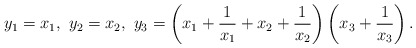
\begin{align*} y_1 = x_1,\ y_2 = x_2,\ y_3 = \left(x_1+\frac{1}{x_1}+x_2+\frac{1}{x_2}\right)\left(x_3+\frac{1}{x_3}\right). \end{align*}